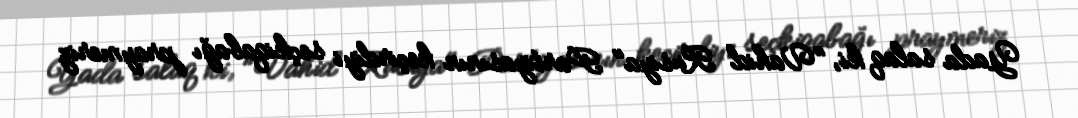
Yada salaq ki, "Vahid Rusiya" Partiyasının keçirdiyi seçkiqabağı praymeriz